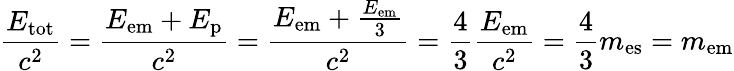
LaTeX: {\frac{E_{\mathrm{tot}}}{c^{2}}}={\frac{E_{\mathrm{em}}+E_{\mathrm{p}}}{c^{2}}}={\frac{E_{\mathrm{em}}+{\frac{E_{\mathrm{em}}}{3}}}{c^{2}}}={\frac{4}{3}}{\frac{E_{\mathrm{em}}}{c^{2}}}={\frac{4}{3}}m_{\mathrm{es}}=m_{\mathrm{em}}